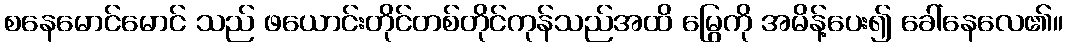
စနေမောင်မောင် သည် ဖယောင်းတိုင်တစ်တိုင်ကုန်သည်အထိ မြွေကို အမိန့်ပေး၍ ခေါ်နေလေ၏။